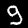
Digit: 9